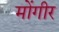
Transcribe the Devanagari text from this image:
मोंगीर